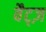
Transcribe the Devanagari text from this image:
वैट्ज़